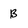
Character: B